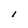
Character: l